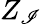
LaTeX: Z_{\mathscr{I}}